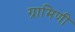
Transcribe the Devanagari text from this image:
ग्रामिणी